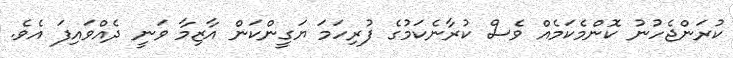
ކުރަންޖެހުނު ކޮންމެކަމެއް ވެސް ކުރާނެކަމުގެ ފުރިހަމަ ޔަގީންކަން އާޒިމާ ވަނީ ދެއްވައިފަ އެވެ.